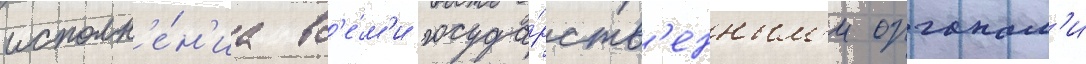
исполн'е́н'иа вс'е́м'и госуда́рств'енным'и органам'и